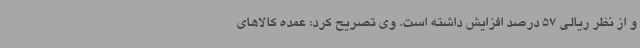
و از نظر ریالی 57 درصد افزایش داشته است. وی تصریح کرد: عمده کالاهای